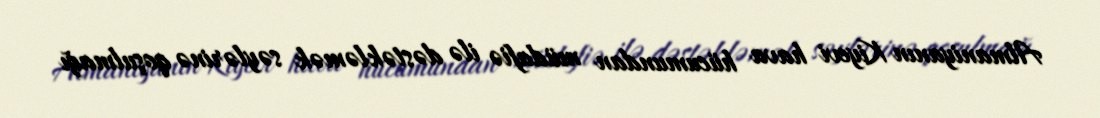
Almaniyanın Kiyevi hava hücumundan müdafiə ilə dəstəkləmək səylərinə qoşulmağı